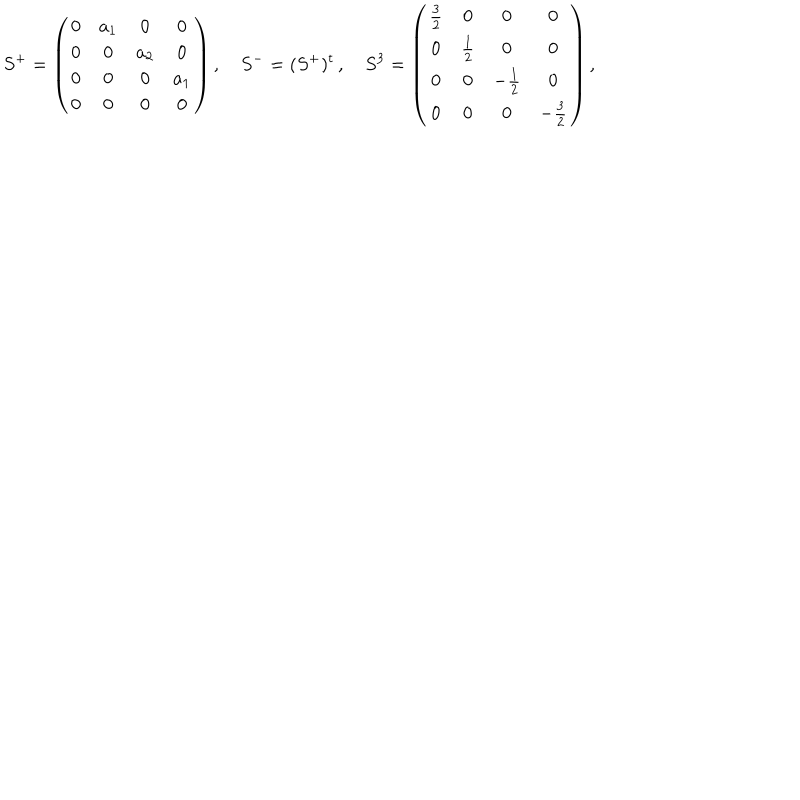
S ^ { + } = \left( \begin{array} { c c c c } { { 0 } } & { { a _ { 1 } } } & { { 0 } } & { { 0 } } \\ { { 0 } } & { { 0 } } & { { a _ { 2 } } } & { { 0 } } \\ { { 0 } } & { { 0 } } & { { 0 } } & { { a _ { 1 } } } \\ { { 0 } } & { { 0 } } & { { 0 } } & { { 0 } } \\ \end{array} \right) , \quad S ^ { - } = ( S ^ { + } ) ^ { t } \, , \quad S ^ { 3 } = \left( \begin{array} { c c c c } { { \frac 3 2 } } & { { 0 } } & { { 0 } } & { { 0 } } \\ { { 0 } } & { { \frac 1 2 } } & { { 0 } } & { { 0 } } \\ { { 0 } } & { { 0 } } & { { - \frac 1 2 } } & { { 0 } } \\ { { 0 } } & { { 0 } } & { { 0 } } & { { - \frac 3 2 } } \\ \end{array} \right) ,